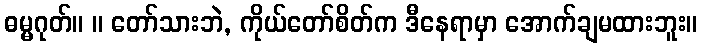
ဓမ္မဂုတ်။ ။ တော်သားဘဲ, ကိုယ်တော်စိတ်က ဒီနေရာမှာ အောက်ချမထားဘူး။